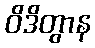
ဝိဒိတွာန